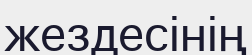
жездесінің